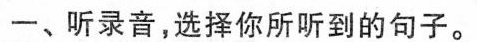
一、听录音,选择你所听到的句子。